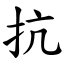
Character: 抗